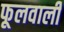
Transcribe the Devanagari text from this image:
फूलवाली